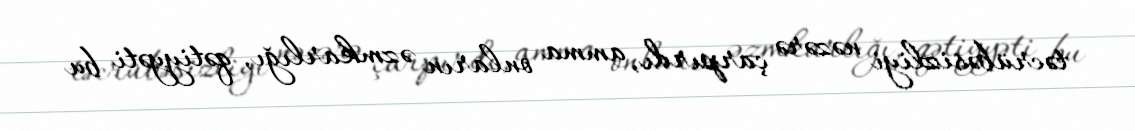
təcrübəsizliyi nəzərə çarpırdı, amma onların əzmkarlığı, qətiyyəti bu